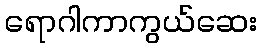
ရောဂါကာကွယ်ဆေး